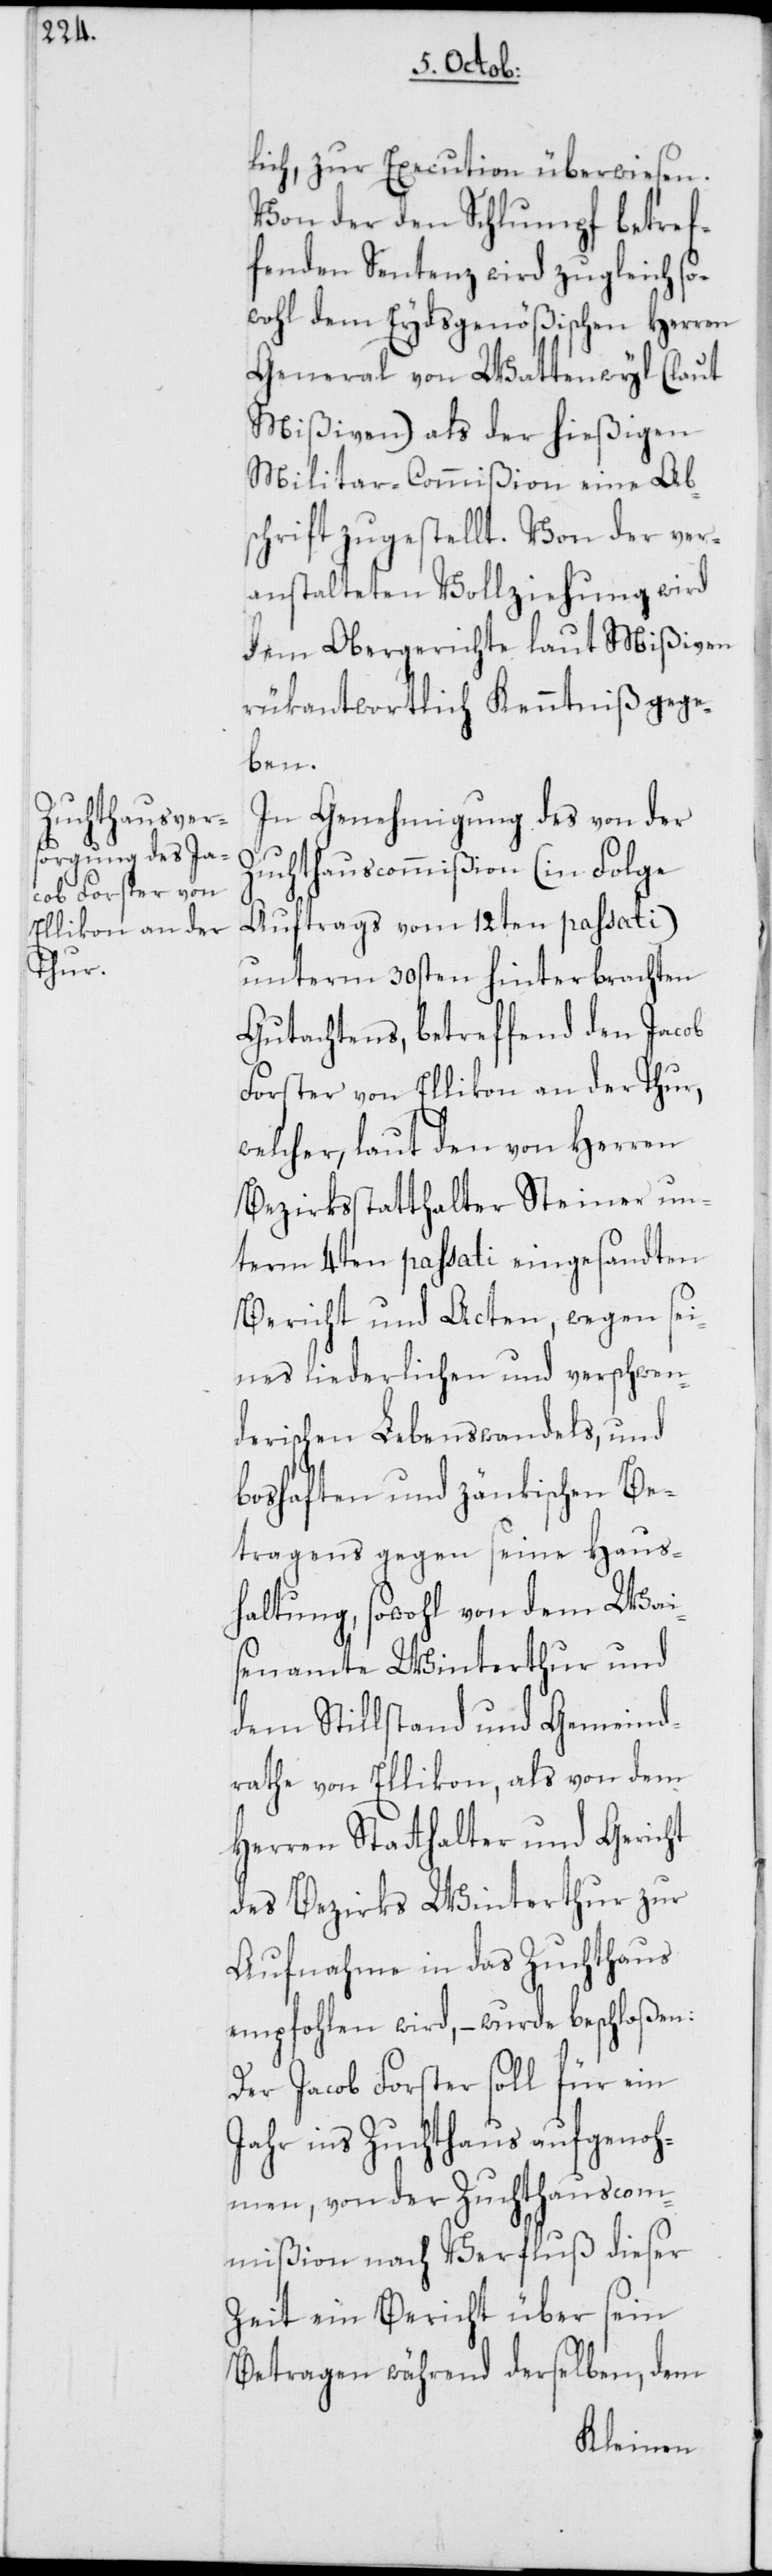
lich, zur Execution überwiesen.
Von der den Schlumpf betref¬
fenden Sentenz wird zugleich so¬
wohl dem Eydsgenößischen Herren
General von Wattenwyl (laut
Mißiven) als der hießigen
Militar-Commißion eine Ab¬
schrift zugestellt, Von der ver¬
anstalteten Vollziehung wird
dem Obergerichte laut Mißiven
rükantwortlich Kenntniß gege¬
ben.
In Genehmigung des von der
Zuchthauscommißion (in Folge
Auftrags vom 12ten passati)
unterm 30sten hinterbrachten
Gutachtens, betreffend den Jacob
Forster von Ellikon an der Thur,
welcher, laut den von Herren
Bezirksstatthalter Steiner un¬
term 4ten passati eingesandten
Bericht und Acten, wegen sei¬
nes liederlichen und verschwen¬
derischen Lebenswandels, und
boshaften und zänkischen Be¬
tragens gegen seine Haus¬
haltung, sowohl von dem Wai¬
senamte Winterthur und
dem Stillstand und Gemeind¬
rathe von Ellikon, als von dem
Herren Statthalter und Gericht
des Bezirks Winterthur zur
Aufnahme in das Zuchthaus
empfohlen wird, – wurde beschloßen:
Der Jacob Forster soll für ein
Jahr ins Zuchthaus aufgenoh¬
men, von der Zuchthauscom¬
mißion nach Verfluß dieser
Zeit ein Bericht über sein
Betragen während derselben, dem